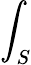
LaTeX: \int_{S}